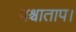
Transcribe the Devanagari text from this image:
पश्चाताप।